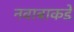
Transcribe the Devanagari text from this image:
नवाबाकडे